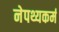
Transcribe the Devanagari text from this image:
नेपथ्यकर्म